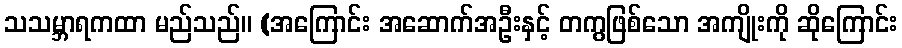
သသမ္ဘာရကထာ မည်သည်။ (အကြောင်း အဆောက်အဦးနှင့် တကွဖြစ်သော အကျိုးကို ဆိုကြောင်း